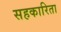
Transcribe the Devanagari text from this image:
सहकारिता